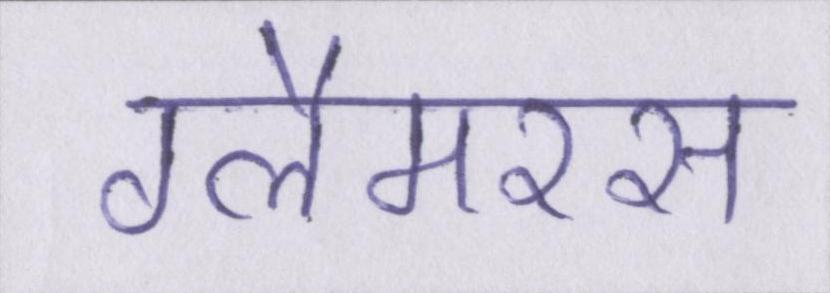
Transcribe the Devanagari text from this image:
ग्लैमरस